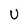
Character: U